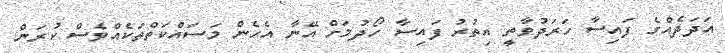
އަދަދެއްގެ ފައިސާ ހަރަދުވާތީ އިތުރު ފައިސާ ހޯދުމަށް އޭނާ އެހެން މަސައްކަތްތަކެއްވެސް ކުރަން